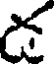
డ